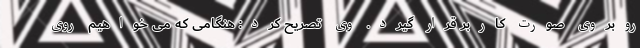
روبروی صورت کاربر قرار گیرد. وی تصریح کرد: هنگامی که می خواهیم روی